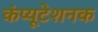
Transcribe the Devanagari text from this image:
कंप्यूटेशनक